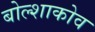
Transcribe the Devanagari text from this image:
बोल्शाकोव